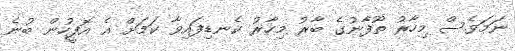
ނަމަވެސް މިހާރު ތޫފާނުގެ ބާރު މިހާރު ކެނޑިފައިވާ ކަމަށް އެ އޮފީހުން ބުނެ